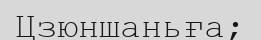
Цзюншаньға;